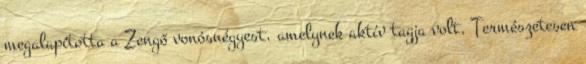
megalapította a Zengő vonósnégyest, amelynek aktív tagja volt. Természetesen